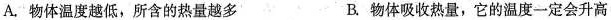
A.物体温度越低，所含的热量越多 B.物体吸收热量，它的温度一定会升高